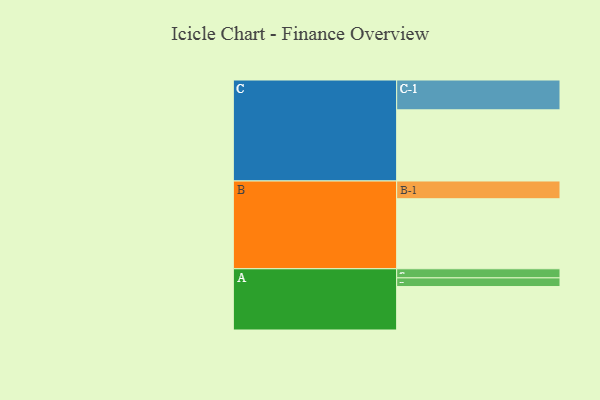
{"axis": {"x": "Segment", "y": "Value"}, "legend": ["", "A", "B", "C"], "data": [{"x": "A", "y": 306, "type": ""}, {"x": "B", "y": 493, "type": ""}, {"x": "C", "y": 501, "type": ""}, {"x": "A-1", "y": 64, "type": "A"}, {"x": "A-2", "y": 61, "type": "A"}, {"x": "B-1", "y": 125, "type": "B"}, {"x": "C-1", "y": 210, "type": "C"}]}